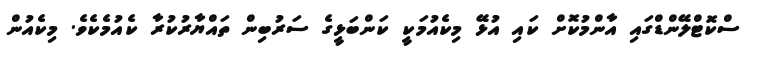
ސްކޮޓްލޭންޑްގައި އާންމުކޮށް ކައި އުޅޭ މިކެއުމަކީ ކަންބަޅީގެ ސަރުބިން ތައްޔާރުކުރާ ކެއުމެކެވެ. މިކެއުން